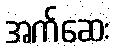
အက်ဆေး